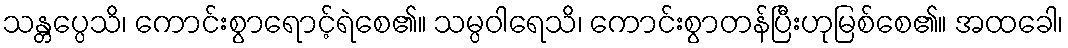
သန္တပ္ပေသိ၊ ကောင်းစွာရောင့်ရဲစေ၏။ သမ္ပဝါရေသိ၊ ကောင်းစွာတန်ပြီးဟုမြစ်စေ၏။ အထခေါ၊